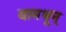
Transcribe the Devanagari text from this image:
यामधून्